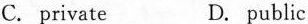
C. private D. public